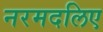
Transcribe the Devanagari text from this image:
नरमदलिए